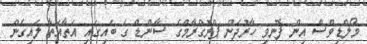
މޯލްޑިވްސް އިން ފޮނުވި ހާރުދަން ޕްރޮގްރާމްގެ ސާންޑް ގެ ބައިގައި އަތާއަތާ ލައިގެން